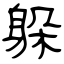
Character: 躲